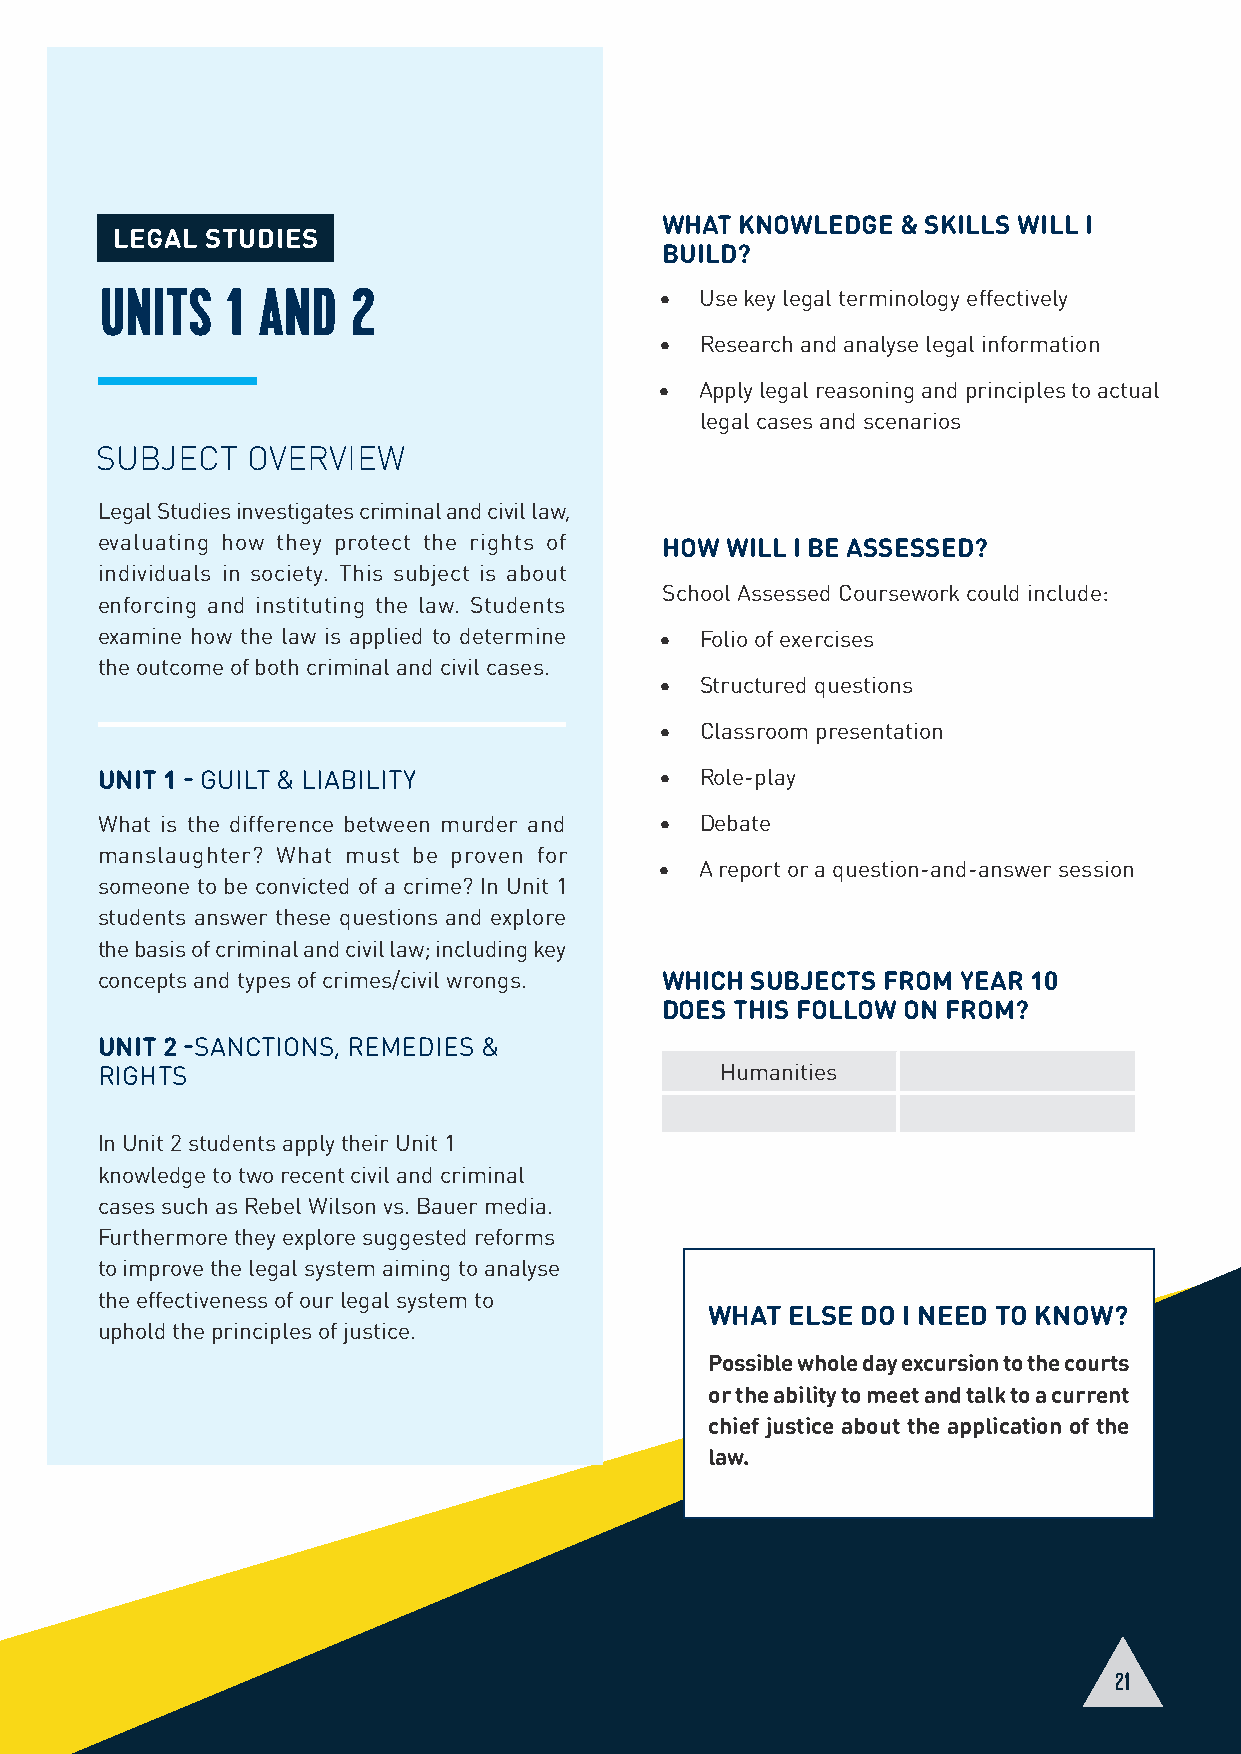
WHAT KNOWLEDGE  & SKILLS WILL I
 LEGAL  STUDIES
 BUILD?
 UNITS   1 AND   2                    • Use key legal terminology effectively
 • Research and analyse legal information
 • Apply legal reasoning and principles to actual
 legal cases and scenarios
 SUBJECT   OVERVIEW
 Legal Studies investigates criminal and civil law,
 evaluating how they protect the rights of HOW WILL I BE ASSESSED?
 individuals in society. This subject is about
 School Assessed Coursework could include:
 enforcing and instituting the law. Students
 examine how the law is applied to determine • Folio of exercises
 the outcome of both criminal and civil cases.
 • Structured questions
 • Classroom presentation
 UNIT 1 - GUILT & LIABILITY            • Role-play
 What is the difference between murder and • Debate
 manslaughter? What must be proven for
 • A report or a question-and-answer session
 someone to be convicted of a crime? In Unit 1
 students answer these questions and explore
 the basis of criminal and civil law; including key
 concepts and types of crimes/civil wrongs. WHICH SUBJECTS FROM YEAR 10
 DOES THIS FOLLOW ON FROM?
 UNIT 2 -SANCTIONS, REMEDIES &
 RIGHTS                                    Humanities
 In Unit 2 students apply their Unit 1
 knowledge to two recent civil and criminal
 cases such as Rebel Wilson vs. Bauer media.
 Furthermore they explore suggested reforms
 to improve the legal system aiming to analyse
 the effectiveness of our legal system to
 WHAT ELSE DO I NEED TO KNOW?
 uphold the principles of justice.
 Possible whole day excursion to the courts
 or the ability to meet and talk to a current
 chief justice about the application of the
 law.
 21